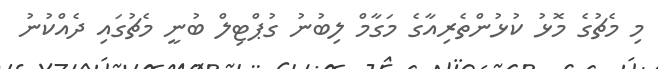
މި މެޗުގެ މޮޅު ކުޅުންތެރިއާގެ މަގާމް ލިބުނު ގުޕްޓިލް ބުނީ މެޗުގައި ދެއްކުނު